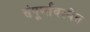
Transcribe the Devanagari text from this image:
संपूर्णावस्थेत